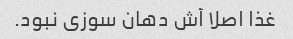
غذا اصلا آش دهان سوزی نبود.